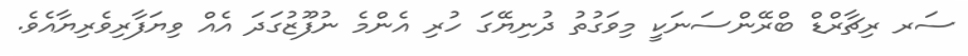
ސަރ ރިޗާރްޑް ބްރޭންސަނަކީ މިވަގުތު ދުނިޔޭގަ ހުރި އެންމެ ނުފޫޒުގަދަ އެއް ވިޔަފާރިވެރިޔާއެވެ.